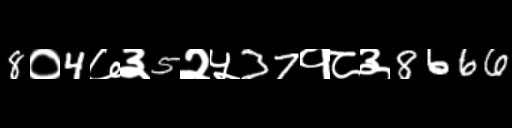
Text: 8०4७३5२५37१८३8666